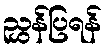
ညွှန်ပြရန်